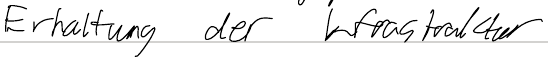
Erhaltung der Infrastruktur